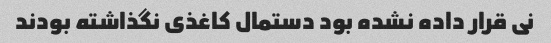
نی قرار داده نشده بود دستمال کاغذی نگذاشته بودند